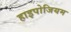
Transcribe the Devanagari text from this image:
हाइपोजियम